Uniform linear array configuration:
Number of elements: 12
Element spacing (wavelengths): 0.75
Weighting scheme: cosine
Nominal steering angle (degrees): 45
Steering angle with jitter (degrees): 44.938
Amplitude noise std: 0.05
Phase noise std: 0.05

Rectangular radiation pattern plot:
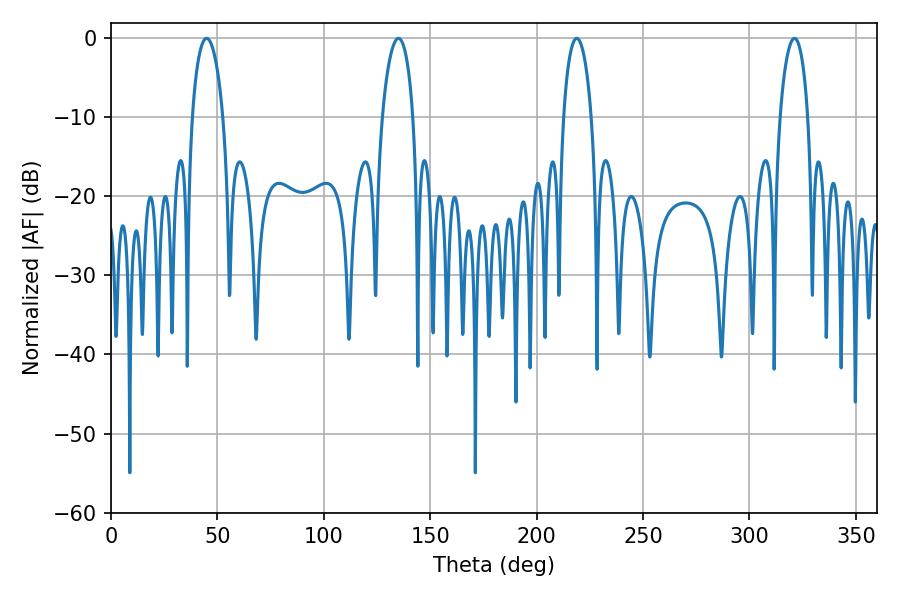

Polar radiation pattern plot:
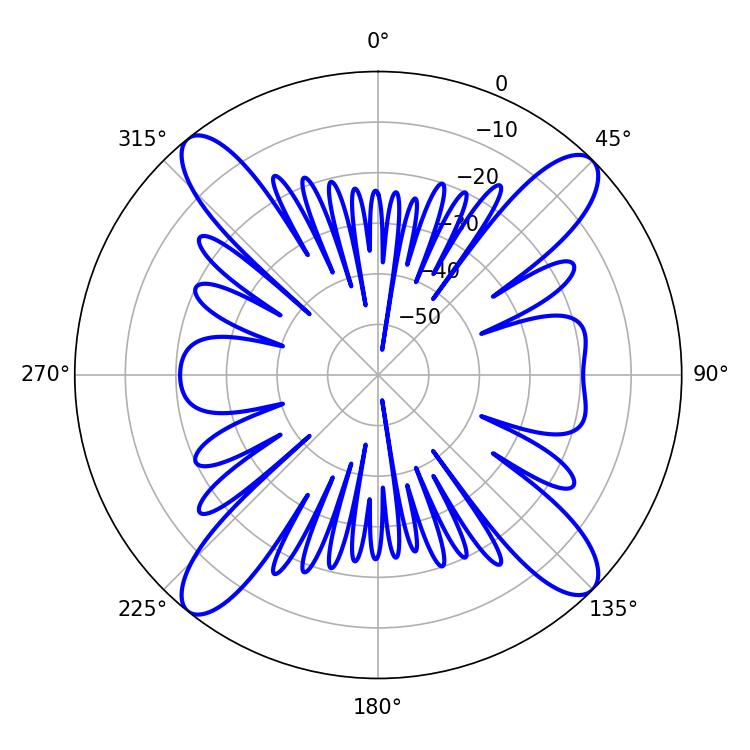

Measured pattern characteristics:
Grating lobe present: TRUE
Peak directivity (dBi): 16.364
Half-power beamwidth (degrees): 7.38
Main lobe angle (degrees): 321.12